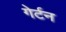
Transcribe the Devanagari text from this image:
गेर्टन